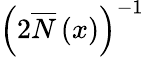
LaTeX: \left(2\overline{{N}}\left(x\right)\right)^{-1}